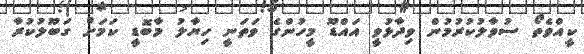
ކީއްވެތޯ ސުވާލުކުރުމުން ވިދާޅުވީ އައްޑޫ މީހުންގެ ވަތަނީ ހިޔާލު މާބޮޑީ ކަމަށް ގަބޫލުކުރާ